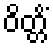
ဝိတ္တိံ